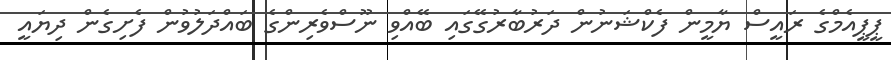
ޕީޕީއެމްގެ ރައީސް ޔާމީން ފެކްޝަނުން ދަރުބާރުގޭގައި ބޭއްވި ނޫސްވެރިންގެ ބައްދަލުވުން ފެށިގެން ދިޔައީ